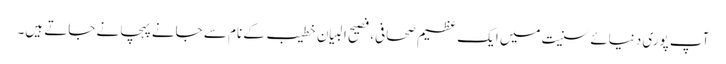
آپ پوری دنیائے سنیت میں ایک عظیم صحافی، فصیح البیان خطیب کے نام سے جانےپہچانے جاتے ہیں۔